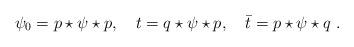
LaTeX: \begin{align*}\psi_0=p\star\psi\star p,\quad t=q\star \psi\star p,\quad \bar t= p\star \psi\star q\,\,.\end{align*}